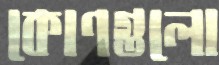
কোণগুলো